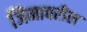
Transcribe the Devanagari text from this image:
जिमावरील